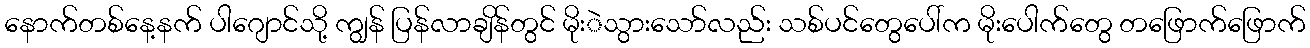
နောက်တစ်နေ့နက် ပါဂျောင်သို့ ကျွန် ပြန်လာချိန်တွင် မိုးဲသွားသော်လည်း သစ်ပင်တွေပေါ်က မိုးပေါက်တွေ တဖြောက်ဖြောက်